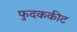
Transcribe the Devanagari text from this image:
फुदककीट